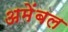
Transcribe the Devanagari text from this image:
अमेंबल